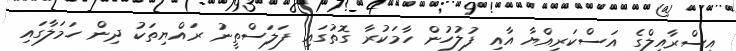
އިސްރާއީލްގެ އަސްކަރިއްޔާ އާއި ފުލުހުން ހާމަކުރާ ގޮތުގައި ފަލަސްތީނު ރައްޔިތަކު ދިން ހަމަލާގައި